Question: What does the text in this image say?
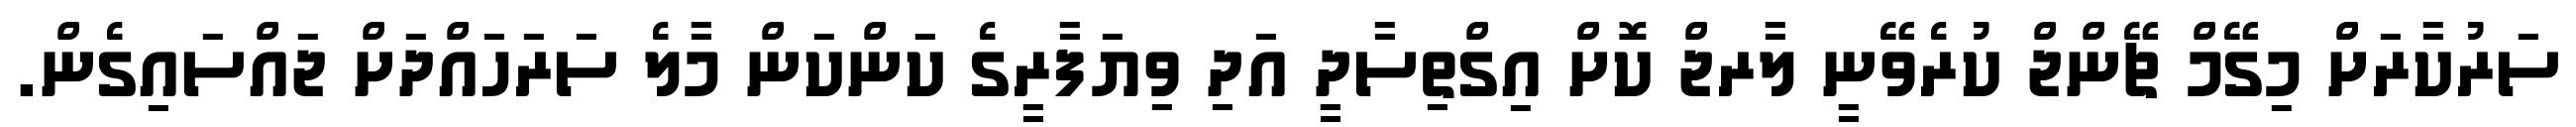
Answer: ސަރުކާރަށް މިގޭމް ޗޭންޖް ކުރެވޭނީ ލާރޖް ކޮށް އިގްތިސާދީ އަދި ވިޔަފާރީގެ ކަންކަން މާލެ ސަރަހައްދަށް ޖައްސައިގެން.